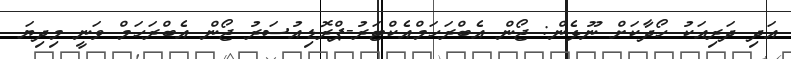
އަދި ދަރިއަކު ހޯދާކަށް ނޫޅެން: ޖޯން އެބްރަހަމްއެކްޓަރު-ޕްރޮޑިއުސަރު ޖޯން އެބްރަހަމް ވަނީ މިދިޔަ